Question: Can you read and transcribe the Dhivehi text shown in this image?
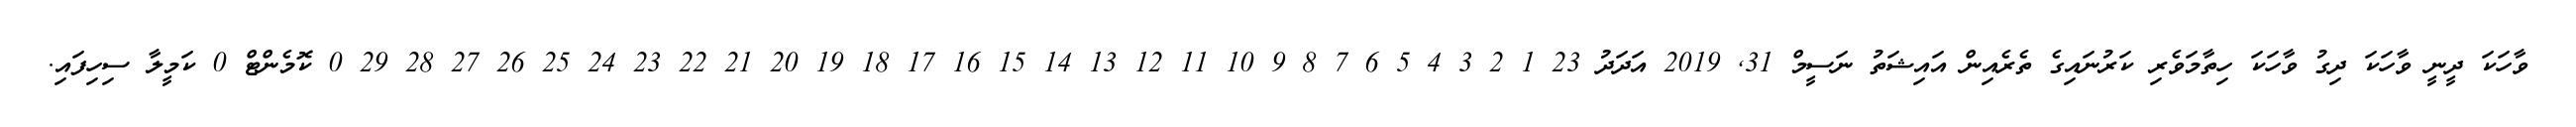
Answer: ވާހަކަ ދީނީ ވާހަކަ ދިގު ވާހަކަ ހިތާމަވެރި ކަރުނައިގެ ތެރެއިން އައިޝަތު ނަސީމް 31, 2019 އަދަދު 23 1 2 3 4 5 6 7 8 9 10 11 12 13 14 15 16 17 18 19 20 21 22 23 24 25 26 27 28 29 0 ކޮމެންޓް 0 ކަމީލާ ސިހިފައި.